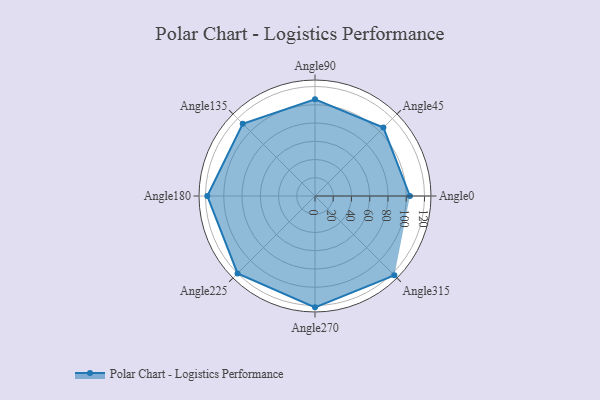
{"axis": {"x": "Angle", "y": "Radius"}, "legend": [""], "data": [{"x": "Angle0", "y": 104.0, "type": ""}, {"x": "Angle45", "y": 106.0, "type": ""}, {"x": "Angle90", "y": 106.0, "type": ""}, {"x": "Angle135", "y": 112.0, "type": ""}, {"x": "Angle180", "y": 118.0, "type": ""}, {"x": "Angle225", "y": 120.0, "type": ""}, {"x": "Angle270", "y": 122.0, "type": ""}, {"x": "Angle315", "y": 123.0, "type": ""}]}